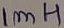
Text: 1mH